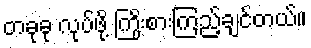
တခုခု လုပ်ဖို့ ကြိုးစားကြည့်ချင်တယ်။